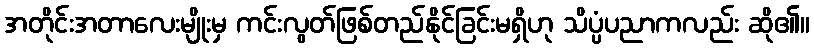
အတိုင်းအတာလေးမျိုးမှ ကင်းလွတ်ဖြစ်တည်နိုင်ခြင်းမရှိဟု သိပ္ပံပညာကလည်း ဆို၏။